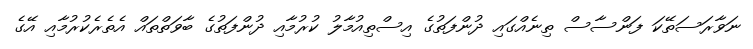
ނަވާރަސަތޭކަ ފަންސާސް ތިނެއްގައި ދުންފަތުގެ އިސްތިއުމާލު ކުރުމާއި ދުންފަތުގެ ބާވަތްތައް އެތެރެކުރުމާއި އޭގެ